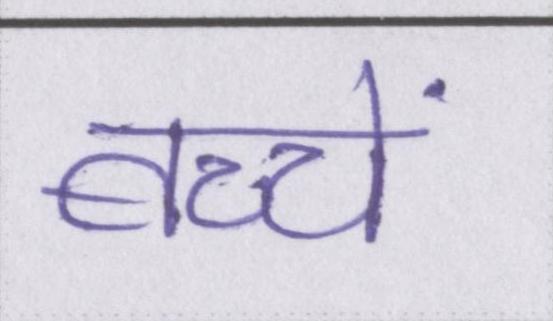
बच्चें